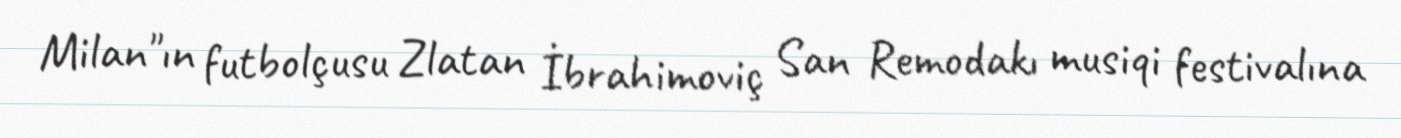
Milan"ın futbolçusu Zlatan İbrahimoviç San Remodakı musiqi festivalına